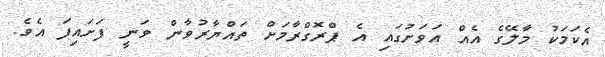
އެކަމަކު މާލޭގެ އެއް އަވަށުގައި އެ ޕްރޮގްރާމަށް ތައްޔާރުވާން ވަނީ ފަށައިފަ އެވެ.